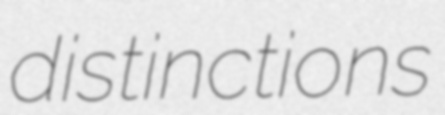
distinctions